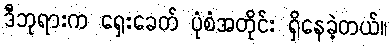
ဒီဘုရားက ရှေးခေတ် ပုံစံအတိုင်း ရှိနေခဲ့တယ်။